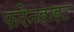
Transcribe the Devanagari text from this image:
फरेनहाइट